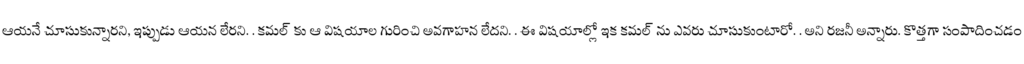
ఆయనే చూసుకున్నారని, ఇప్పుడు ఆయన లేరని. . కమల్ కు ఆ విషయాల గురించి అవగాహన లేదని. . ఈ విషయాల్లో ఇక కమల్ ను ఎవరు చూసుకుంటారో. . అని రజనీ అన్నారు. కొత్తగా సంపాదించడం